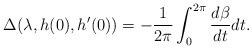
LaTeX: \begin{align*}\Delta(\lambda,h(0),h'(0))=-\frac{1}{2\pi} \int_0^{2\pi} \frac{d\beta}{dt} dt.\end{align*}